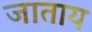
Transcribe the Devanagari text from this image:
जाताय